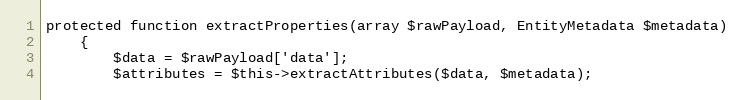
Language: PHP
protected function extractProperties(array $rawPayload, EntityMetadata $metadata)
    {
        $data = $rawPayload['data'];
        $attributes = $this->extractAttributes($data, $metadata);